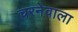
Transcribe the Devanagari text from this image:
चरनेवाला